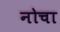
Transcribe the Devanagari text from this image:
नोचा